Reports on dispensaries and lunatic asylums in the Province of Oudh - 1869-1876
Year: 1869
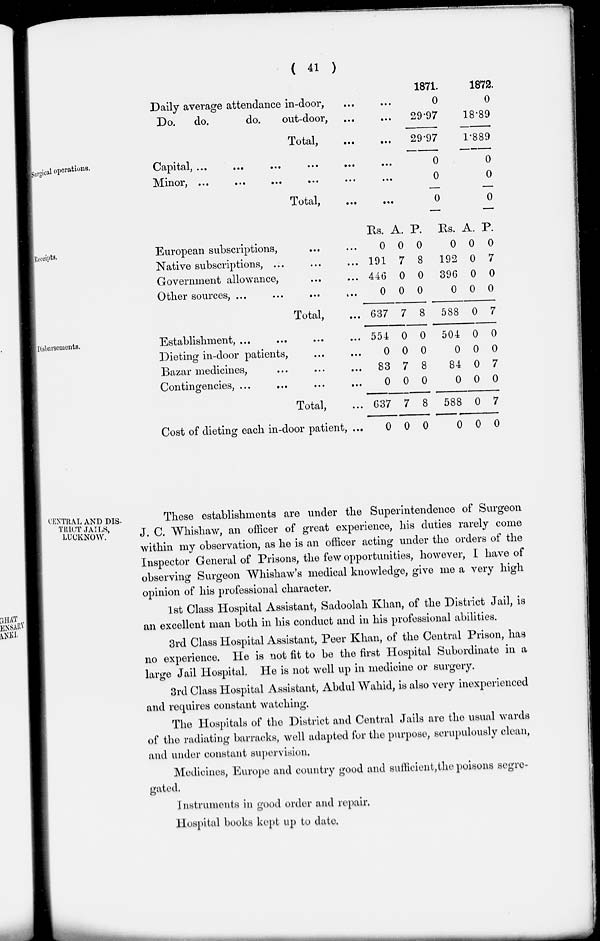
( 41 )
Daily average attendance in-door, ... ...
Do.
do.
do.
out-door,
... ...
Total, ... ...
1871.
0
29.97
29.97
1872.
0
18.89
1.889
Surgical operations.
Capital, ... ... ... ... ... ...
Minor, ... ... ... ... ... ...
Total, ... ...
0
0
0
0
0
0
Receipts.
European subscriptions, ... ...
Native subscriptions, ... ... ...
Government allowance, ... ...
Other sources, ... ... ... ...
Total, ...
Rs.
0
191
446
0
637
A.
0
7
0
0
7
P.
0
8
0
0
8
Rs.
0
192
396
0
588
A.
0
0
0
0
0
P.
0
7
0
0
7
Disbursements.
Establishment, ... ... ... ...
Dieting in-door patients, ... ...
Bazar medicines, ... ... ...
Contingencies, ... ... ... ...
Total, ...
Cost of dieting each in-door patient, ...
554
0
83
0
637
0
0
0
7
0
7
0
0
0
8
0
8
0
504
0
84
0
588
0
0
0
0
0
0
0
0
0
7
0
7
0
CENTRAL AND DIS¬
TRICT JAILS,
LUCKNOW.
These establishments are under the Superintendence of Surgeon
J. C. Whishaw, an officer of great experience, his duties rarely come
within my observation, as he is an officer acting under the orders of the
Inspector General of Prisons, the few opportunities, however, I have of
observing Surgeon Whishaw's medical knowledge, give me a very high
opinion of his professional character.
1st Class Hospital Assistant, Sadoolah Khan, of the District Jail, is
an excellent man both in his conduct and in his professional abilities.
3rd Class Hospital Assistant, Peer Khan, of the Central Prison, has
no experience. He is not fit to be the first Hospital Subordinate in a
large Jail Hospital. He is not well up in medicine or surgery.
3rd Class Hospital Assistant, Abdul Wahid, is also very inexperienced
and requires constant watching.
The Hospitals of the District and Central Jails are the usual wards
of the radiating barracks, well adapted for the purpose, scrupulously clean,
and under constant supervision.
Medicines, Europe and country good and sufficient,the poisons segre-
gated.
Instruments in good order and repair.
Hospital books kept up to date.